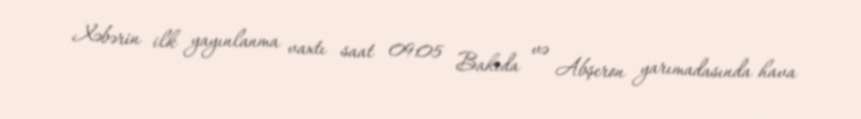
Xəbərin ilk yayınlanma vaxtı saat 09:05 Bakıda və Abşeron yarımadasında hava